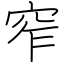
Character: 窄